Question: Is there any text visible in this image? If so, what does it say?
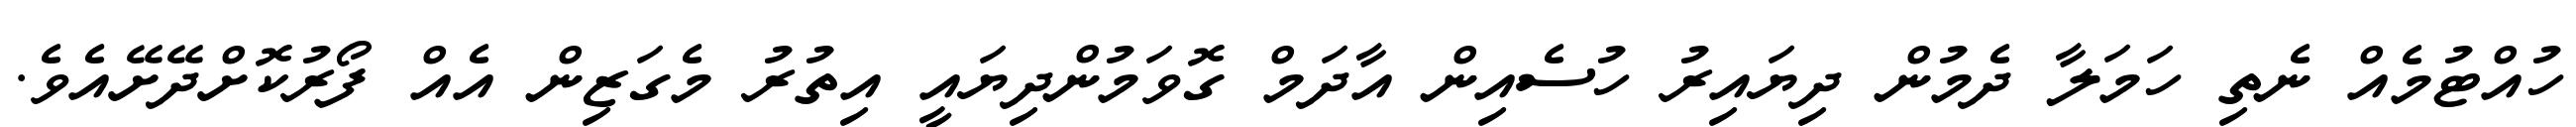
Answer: ހުއްޓުމެއް ނެތި ހަމަލާ ދެމުން ދިޔައިރު ހުސެއިން އާދަމް ގޮވަމުންދިޔައީ އިތުރު މެގަޒިން އެއް ފޯރުކޮށްދޭށޭއެވެ.